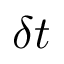
\delta t